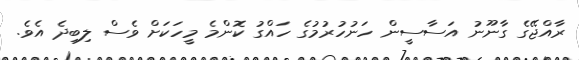
ރާއްޖޭގެ ގާނޫނު އަސާސީން ހަނުހުރުމުގެ ހައްގު ކޮންމެ މީހަކަށް ވެސް ލިބިދެ އެވެ.